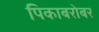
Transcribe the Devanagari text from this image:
पिकाबरोबर